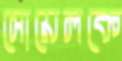
সোয়েলকে